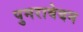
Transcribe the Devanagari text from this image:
पुनरावेदन